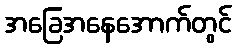
အခြေအနေအောက်တွင်